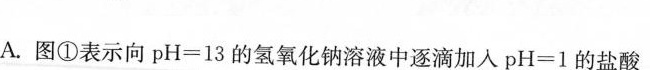
A.图①表示向$$pH=13$$的氢氧化钠溶液中逐滴加入$$pH=1$$的盐酸